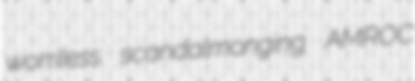
worriless scandalmonging AMROC